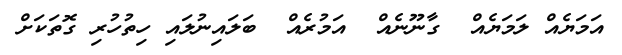
އަމަޔެއް ލަމަޔެެއް  ގާނޫނެއް  އަމުރެއް  ބަލައިނުލައި ހިތުހުރި ގޮތަކަށް